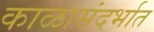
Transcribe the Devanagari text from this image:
काळासंदर्भात